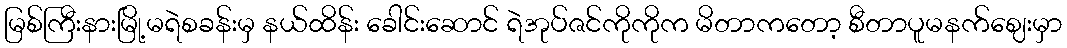
မြစ်ကြီးနားမြို့မရဲစခန်းမှ နယ်ထိန်း ခေါင်းဆောင် ရဲအုပ်ဇင်ကိုကိုက မိတာကတော့ စီတာပူမနက်ဈေးမှာ